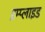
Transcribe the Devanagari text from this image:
इम्प्‍लाइड